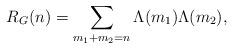
LaTeX: \begin{align*} R_{G}(n)= \sum_{m_1 + m_2 = n} \Lambda(m_1) \Lambda(m_2), \end{align*}